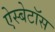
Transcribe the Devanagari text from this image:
ऐस्बेटॉस